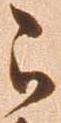
被